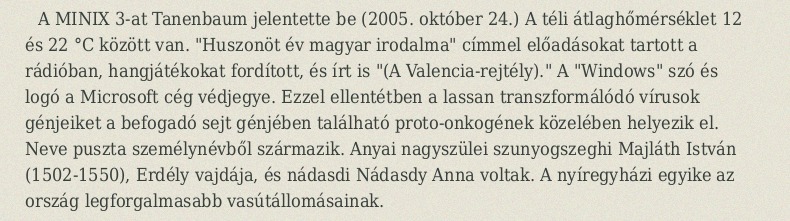
A MINIX 3-at Tanenbaum jelentette be (2005. október 24.) A téli átlaghőmérséklet 12 és 22 °C között van. "Huszonöt év magyar irodalma" címmel előadásokat tartott a rádióban, hangjátékokat fordított, és írt is "(A Valencia-rejtély)." A "Windows" szó és logó a Microsoft cég védjegye. Ezzel ellentétben a lassan transzformálódó vírusok génjeiket a befogadó sejt génjében található proto-onkogének közelében helyezik el. Neve puszta személynévből származik. Anyai nagyszülei szunyogszeghi Majláth István (1502-1550), Erdély vajdája, és nádasdi Nádasdy Anna voltak. A nyíregyházi egyike az ország legforgalmasabb vasútállomásainak.